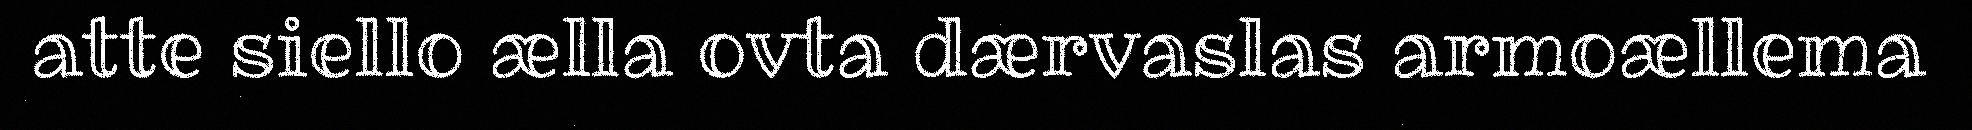
atte siello ælla ovta dærvaslas armoællema